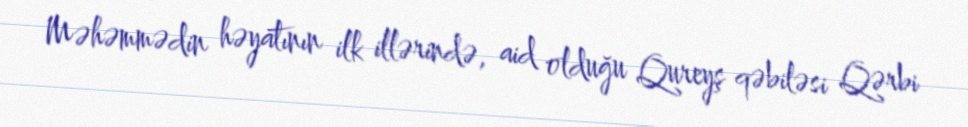
Məhəmmədin həyatının ilk illərində, aid olduğu Qureyş qəbiləsi Qərbi